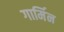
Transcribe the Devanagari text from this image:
गार्मिन